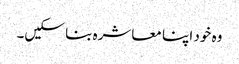
وہ خود اپنا معاشرہ بنا سکیں۔